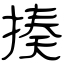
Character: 揍